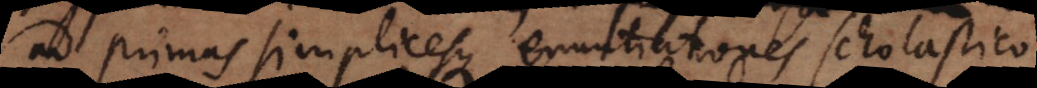
ad primas simplicesque enuntiationes scholastico